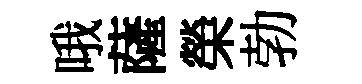
哦薩榮勃